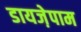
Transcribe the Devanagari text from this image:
डायजे़पाम